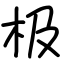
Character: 极